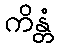
ကိန္တံ